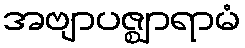
အဗျာပဇ္ဈာရာမံ